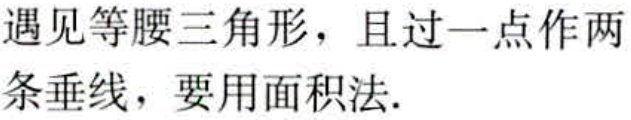
遇见等腰三角形，且过一点作两条垂线，要用面积法.